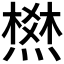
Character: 𰟛